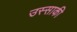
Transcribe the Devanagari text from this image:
उस्साकी